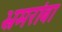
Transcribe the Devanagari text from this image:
भ्रमरांबा